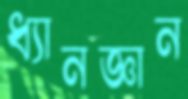
ধ্যানজ্ঞান